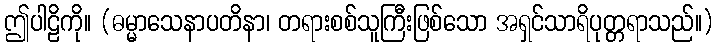
ဤပါဠိကို။ (ဓမ္မာသေနာပတိနာ၊ တရားစစ်သူကြီးဖြစ်သော အရှင်သာရိပုတ္တရာသည်။)